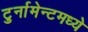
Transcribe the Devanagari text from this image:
टुर्नामेन्टमध्ये